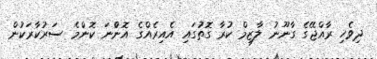
ދިވެހި ރާއްޖޭގެ ގާނޫނު ލާޒިމް ކުރާ ގޮތުގައި އެއިރެއްގެ އޮންްނަ ކޮންމެ ސަރުކާރަކުން